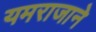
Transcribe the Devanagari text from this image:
यमराजाने